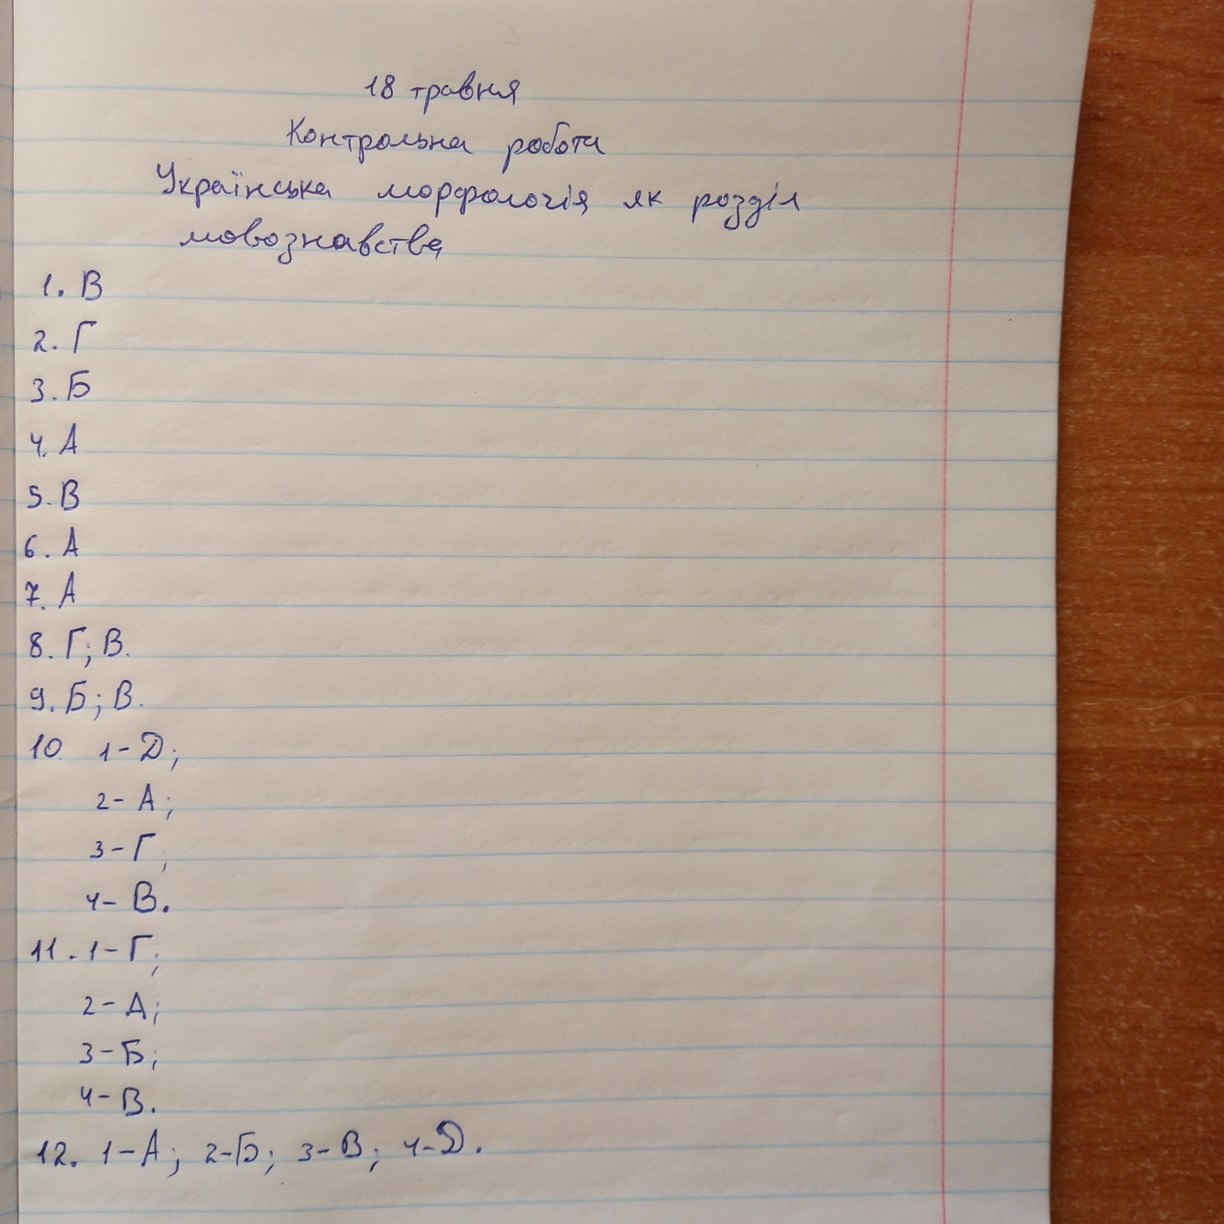
18 травня
Контрольна робота
Українська морфологія як розділ
мовознавства
1. B
2. Г
3. Б
4. A
5. B
6. A
7. A
8. Г; В.
9. Б; В.
10. 1 - D;
2 - A;
3 - Г;
4 - B.
11. 1 - Γ;
2 - A;
3 - Б
4 - В.
12. 1 - A; 2 - Б; 3 - В; 4 - Д.